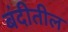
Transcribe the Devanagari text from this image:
बंदीतील